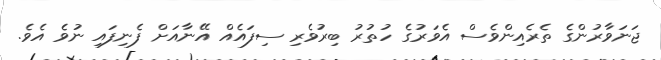
ޖަނަވާރުންގެ ތެރެއިންވެސް އެވަރުގެ ހުތުރު ބިރުވެރި ސިފައެއް އޭނާއަށް ފެނިފައި ނުވެ އެވެ.